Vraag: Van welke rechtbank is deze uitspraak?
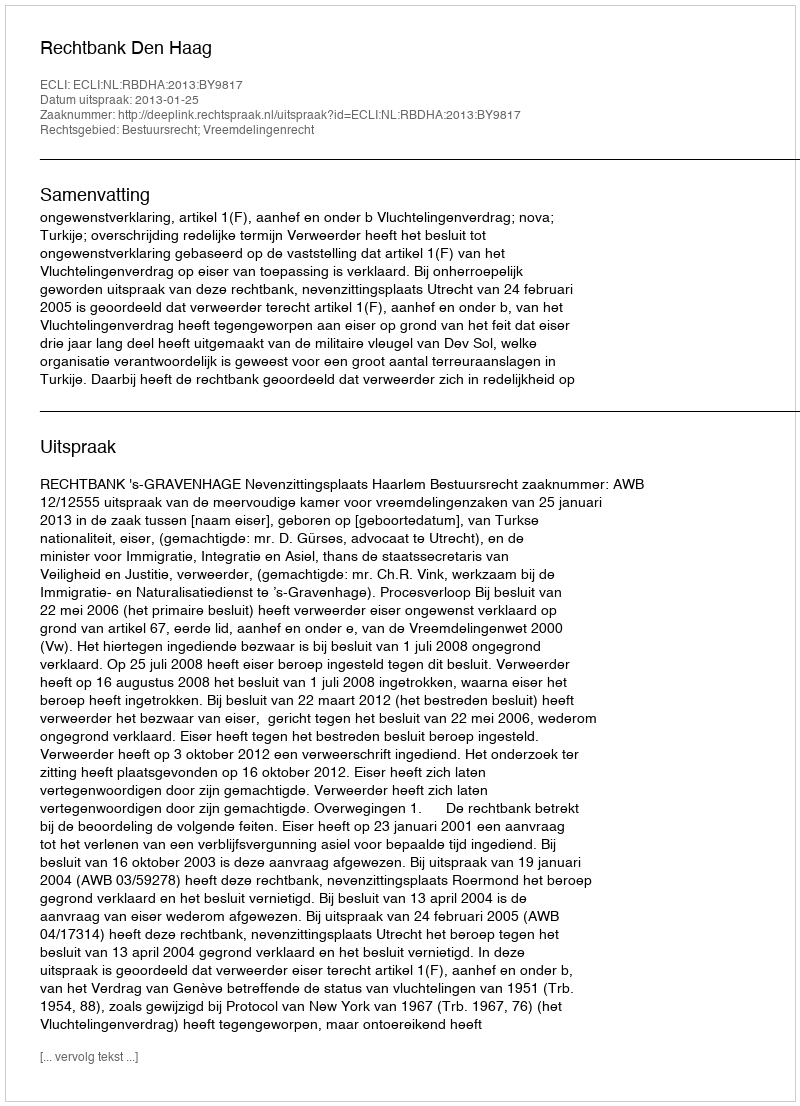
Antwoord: Rechtbank Den Haag